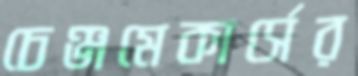
চেঞ্জমেকার্সের